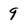
Character: 9